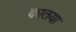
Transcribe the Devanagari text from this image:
कातया